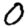
Digit: 0